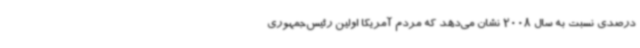
درصدی نسبت به سال 2008 نشان می‌دهد که مردم آمریکا اولین رئیس‌جمهوری